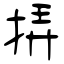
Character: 挵